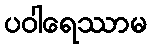
ပဝါရေဿာမ